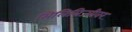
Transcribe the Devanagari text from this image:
मिलित्रिज्यीवर